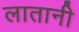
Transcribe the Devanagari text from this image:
लातानी